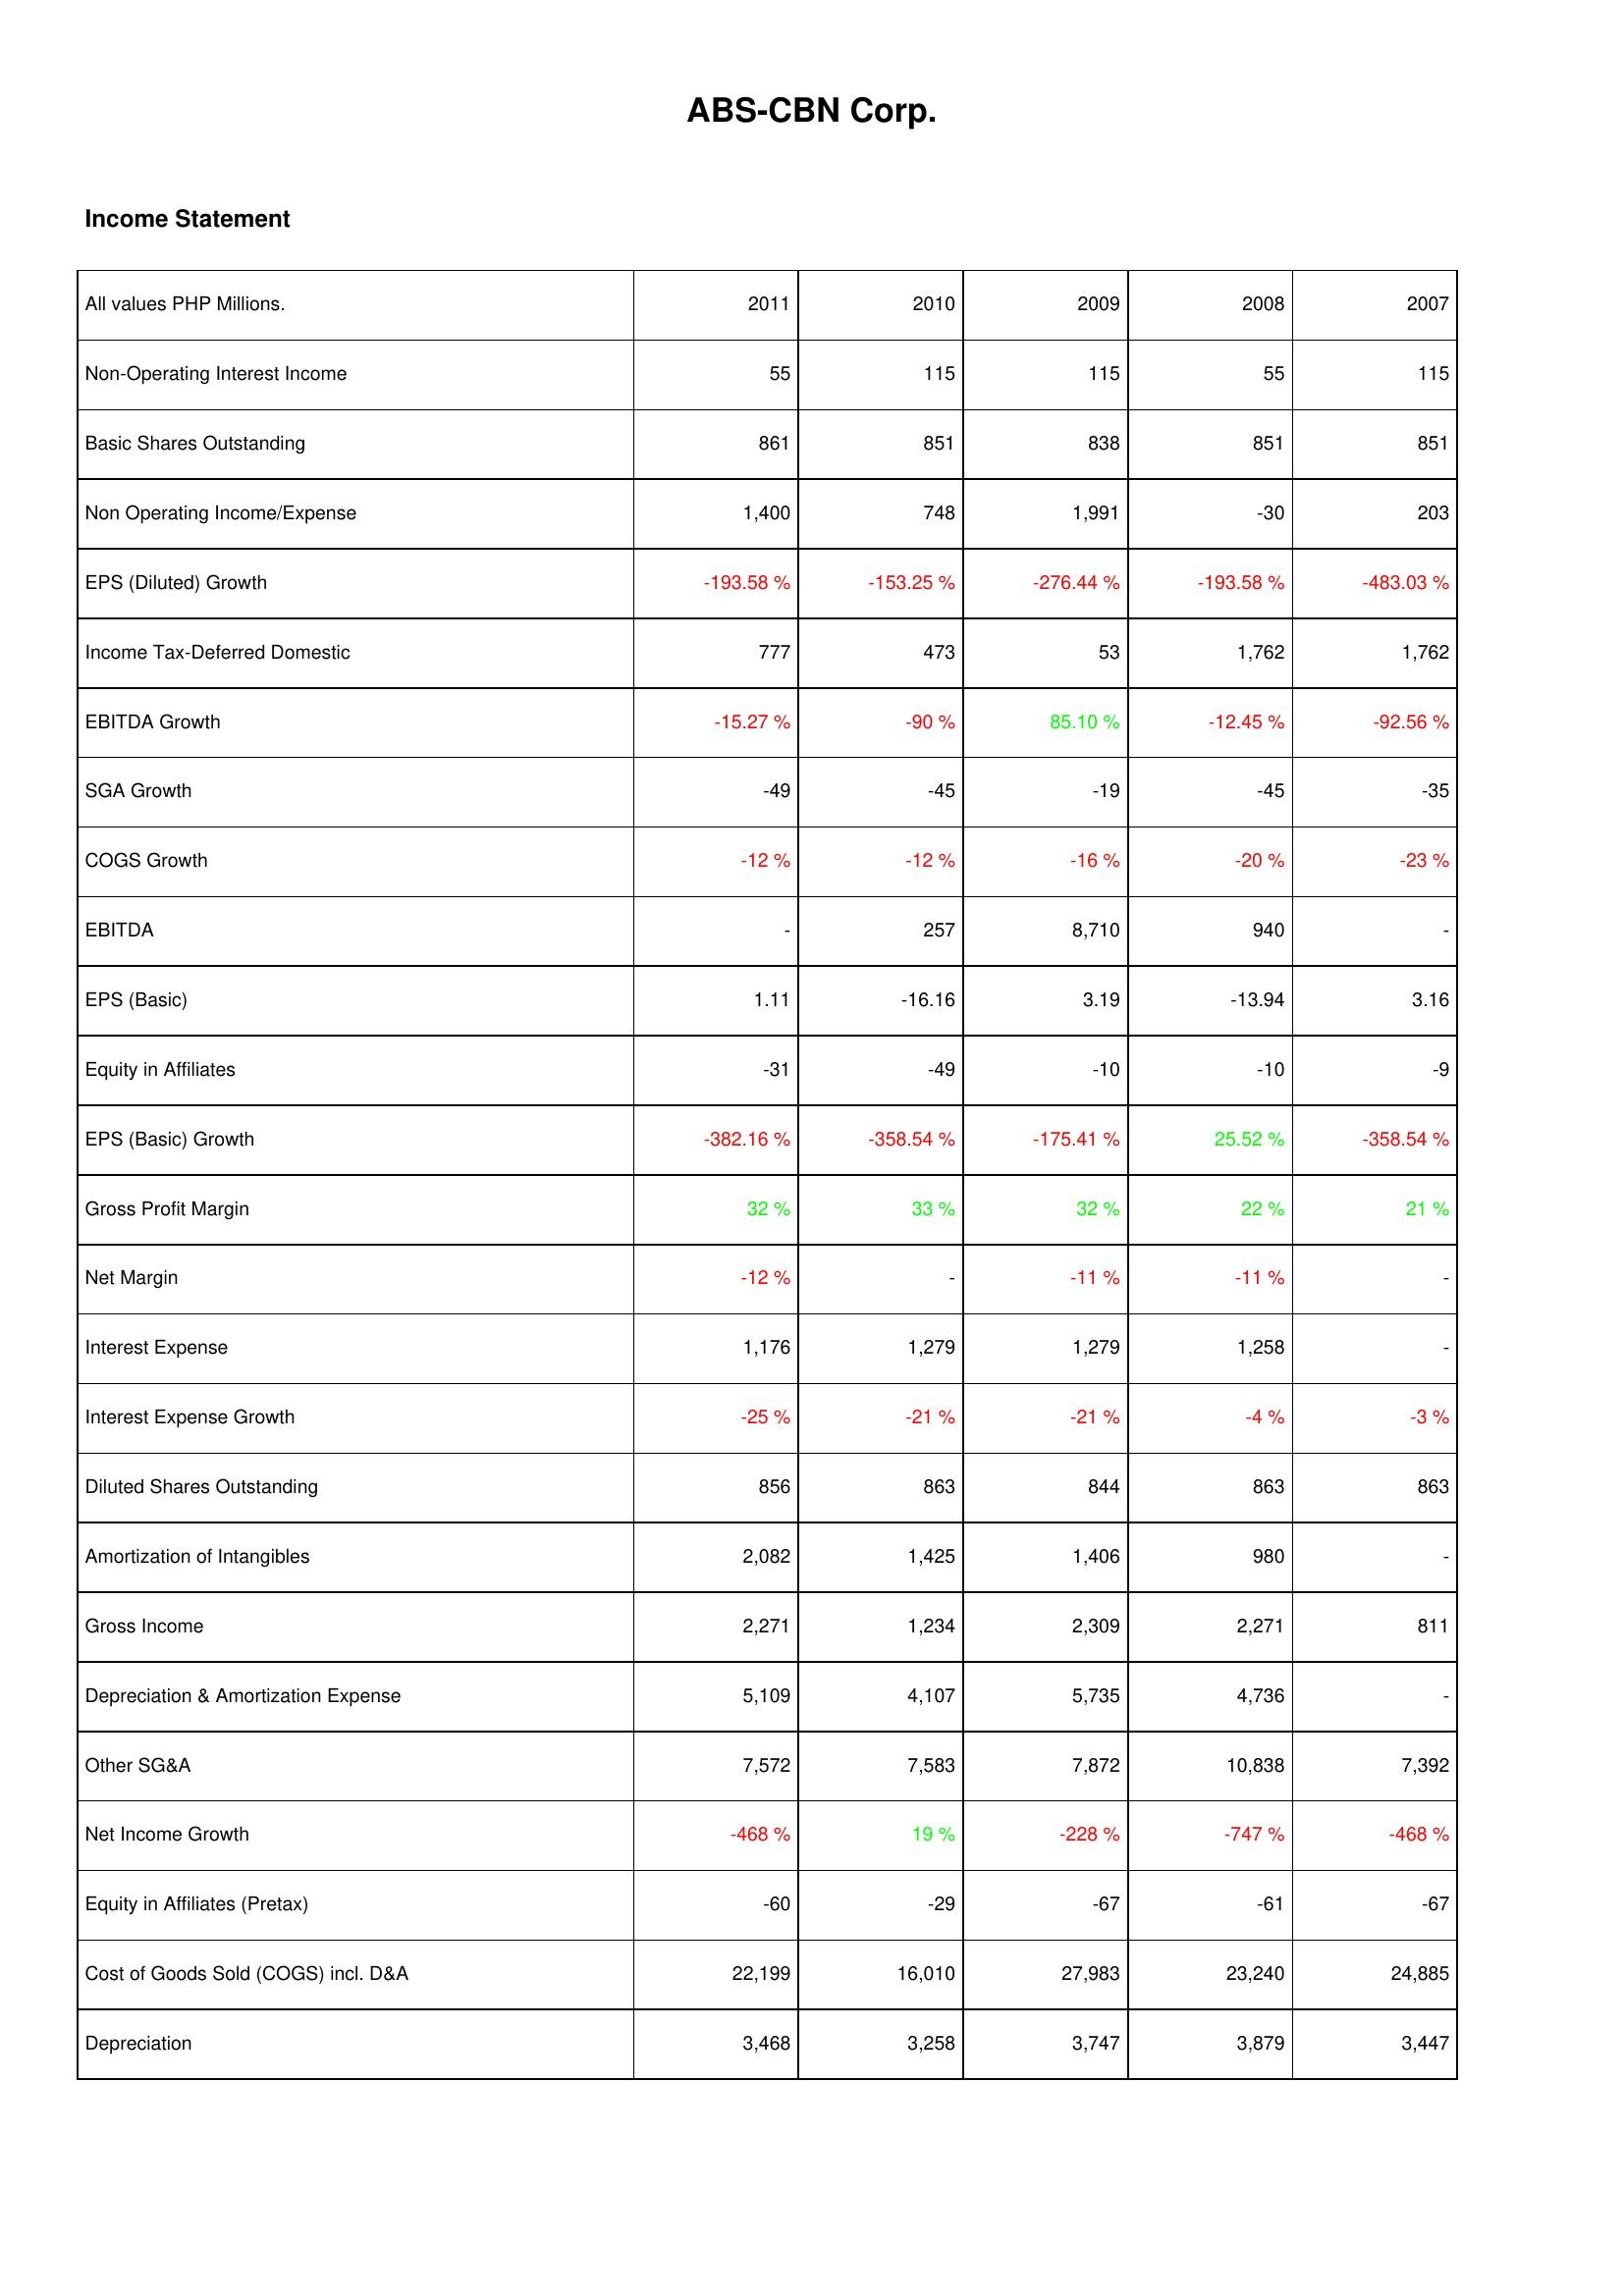
2011: Income Statement: Non-Operating Interest Income: 55
Basic Shares Outstanding: 861
Non Operating Income/Expense: 1,400
EPS (Diluted) Growth: -193.58 %
Income Tax-Deferred Domestic: 777
EBITDA Growth: -15.27 %
SGA Growth: -49
COGS Growth: -12 %
EBITDA: -
EPS (Basic): 1.11
Equity in Affiliates: -31
EPS (Basic) Growth: -382.16 %
Gross Profit Margin: 32 %
Net Margin: -12 %
Interest Expense: 1,176
Interest Expense Growth: -25 %
Diluted Shares Outstanding: 856
Amortization of Intangibles: 2,082
Gross Income: 2,271
Depreciation & Amortization Expense: 5,109
Other SG&A: 7,572
Net Income Growth: -468 %
Equity in Affiliates (Pretax): -60
Cost of Goods Sold (COGS) incl. D&A: 22,199
Depreciation: 3,468
2010: Income Statement: Non-Operating Interest Income: 115
Basic Shares Outstanding: 851
Non Operating Income/Expense: 748
EPS (Diluted) Growth: -153.25 %
Income Tax-Deferred Domestic: 473
EBITDA Growth: -90 %
SGA Growth: -45
COGS Growth: -12 %
EBITDA: 257
EPS (Basic): -16.16
Equity in Affiliates: -49
EPS (Basic) Growth: -358.54 %
Gross Profit Margin: 33 %
Net Margin: -
Interest Expense: 1,279
Interest Expense Growth: -21 %
Diluted Shares Outstanding: 863
Amortization of Intangibles: 1,425
Gross Income: 1,234
Depreciation & Amortization Expense: 4,107
Other SG&A: 7,583
Net Income Growth: 19 %
Equity in Affiliates (Pretax): -29
Cost of Goods Sold (COGS) incl. D&A: 16,010
Depreciation: 3,258
2009: Income Statement: Non-Operating Interest Income: 115
Basic Shares Outstanding: 838
Non Operating Income/Expense: 1,991
EPS (Diluted) Growth: -276.44 %
Income Tax-Deferred Domestic: 53
EBITDA Growth: 85.10 %
SGA Growth: -19
COGS Growth: -16 %
EBITDA: 8,710
EPS (Basic): 3.19
Equity in Affiliates: -10
EPS (Basic) Growth: -175.41 %
Gross Profit Margin: 32 %
Net Margin: -11 %
Interest Expense: 1,279
Interest Expense Growth: -21 %
Diluted Shares Outstanding: 844
Amortization of Intangibles: 1,406
Gross Income: 2,309
Depreciation & Amortization Expense: 5,735
Other SG&A: 7,872
Net Income Growth: -228 %
Equity in Affiliates (Pretax): -67
Cost of Goods Sold (COGS) incl. D&A: 27,983
Depreciation: 3,747
2008: Income Statement: Non-Operating Interest Income: 55
Basic Shares Outstanding: 851
Non Operating Income/Expense: -30
EPS (Diluted) Growth: -193.58 %
Income Tax-Deferred Domestic: 1,762
EBITDA Growth: -12.45 %
SGA Growth: -45
COGS Growth: -20 %
EBITDA: 940
EPS (Basic): -13.94
Equity in Affiliates: -10
EPS (Basic) Growth: 25.52 %
Gross Profit Margin: 22 %
Net Margin: -11 %
Interest Expense: 1,258
Interest Expense Growth: -4 %
Diluted Shares Outstanding: 863
Amortization of Intangibles: 980
Gross Income: 2,271
Depreciation & Amortization Expense: 4,736
Other SG&A: 10,838
Net Income Growth: -747 %
Equity in Affiliates (Pretax): -61
Cost of Goods Sold (COGS) incl. D&A: 23,240
Depreciation: 3,879
2007: Income Statement: Non-Operating Interest Income: 115
Basic Shares Outstanding: 851
Non Operating Income/Expense: 203
EPS (Diluted) Growth: -483.03 %
Income Tax-Deferred Domestic: 1,762
EBITDA Growth: -92.56 %
SGA Growth: -35
COGS Growth: -23 %
EBITDA: -
EPS (Basic): 3.16
Equity in Affiliates: -9
EPS (Basic) Growth: -358.54 %
Gross Profit Margin: 21 %
Net Margin: -
Interest Expense: -
Interest Expense Growth: -3 %
Diluted Shares Outstanding: 863
Amortization of Intangibles: -
Gross Income: 811
Depreciation & Amortization Expense: -
Other SG&A: 7,392
Net Income Growth: -468 %
Equity in Affiliates (Pretax): -67
Cost of Goods Sold (COGS) incl. D&A: 24,885
Depreciation: 3,447